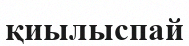
қиылыспай